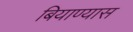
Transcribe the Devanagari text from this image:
बियाण्यास